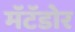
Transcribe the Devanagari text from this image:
मॅटॅडोर